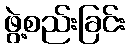
ဖွဲ့စည်းခြင်း